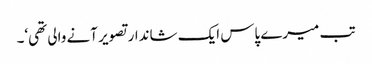
تب میرے پاس ایک شاندار تصویر آنے والی تھی‘۔